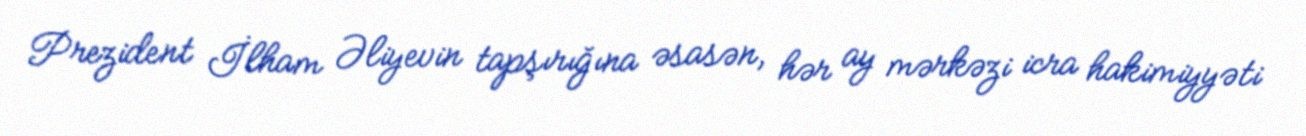
Prezident İlham Əliyevin tapşırığına əsasən, hər ay mərkəzi icra hakimiyyəti